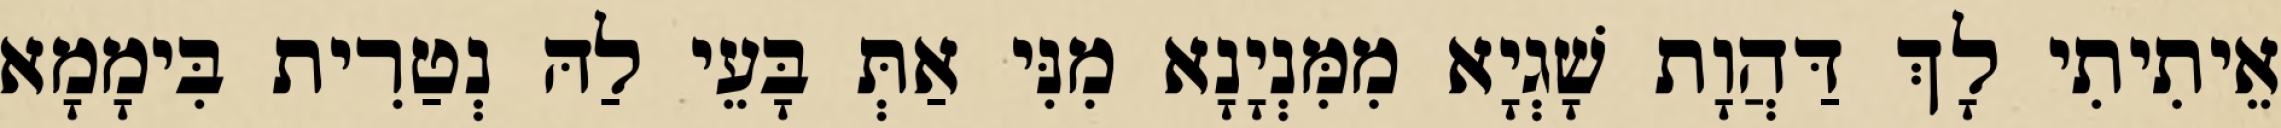
אֵיתִיתִי לָךְ דַּהֲוָת שָׁגְיָא מִמִּנְיָנָא מִנִּי אַתְּ בָּעֵי לַהּ נְטַרִית בִּימָמָא